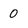
Character: O